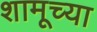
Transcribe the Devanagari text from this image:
शामूच्या